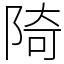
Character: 陭